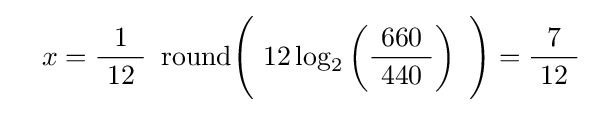
\quad x={\frac {1}{\ 12\ }}\ \operatorname {round} \!{\Biggl (}\ 12\log _{2}\left({\frac {\ 660\ }{440}}\right)\ {\Biggr )}={\frac {7}{\ 12\ }}~